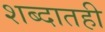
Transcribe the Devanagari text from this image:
शब्दातही